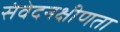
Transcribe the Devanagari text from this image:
संवेदनक्षीणता